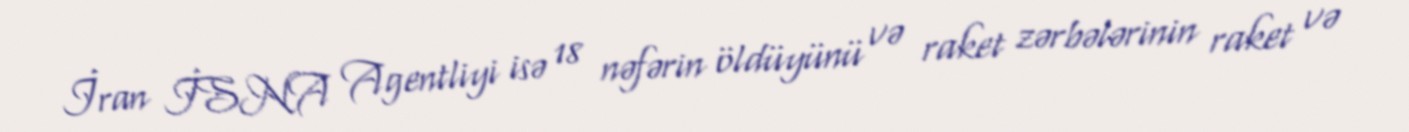
İran İSNA Agentliyi isə 18 nəfərin öldüyünü və raket zərbələrinin raket və